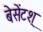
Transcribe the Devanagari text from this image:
बेसेंटश्